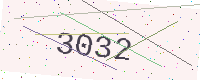
Text: 3032